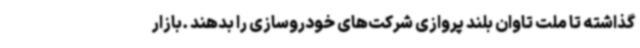
گذاشته تا ملت تاوان بلند پروازی شرکت‌های خودروسازی را بدهند .بازار